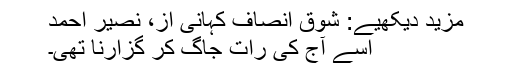
مزید دیکھیے: شوق انصاف کہانی از، نصیر احمد
اسے آج کی رات جاگ کر گزارنا تھی۔